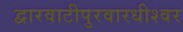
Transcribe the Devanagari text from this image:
द्वारवाटीपुरवारधीश्वर